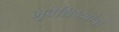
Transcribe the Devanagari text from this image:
भूवैशिष्ट्यांचा